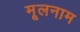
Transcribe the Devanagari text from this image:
मूलनाम